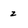
Character: 2